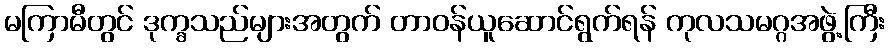
မကြာမီတွင် ဒုက္ခသည်များအတွက် တာဝန်ယူဆောင်ရွက်ရန် ကုလသမဂ္ဂအဖွဲ့ကြီး